Civil Veterinary Department. Madras. Admin. report 1926-33 - 1926-1933
Year: 1926
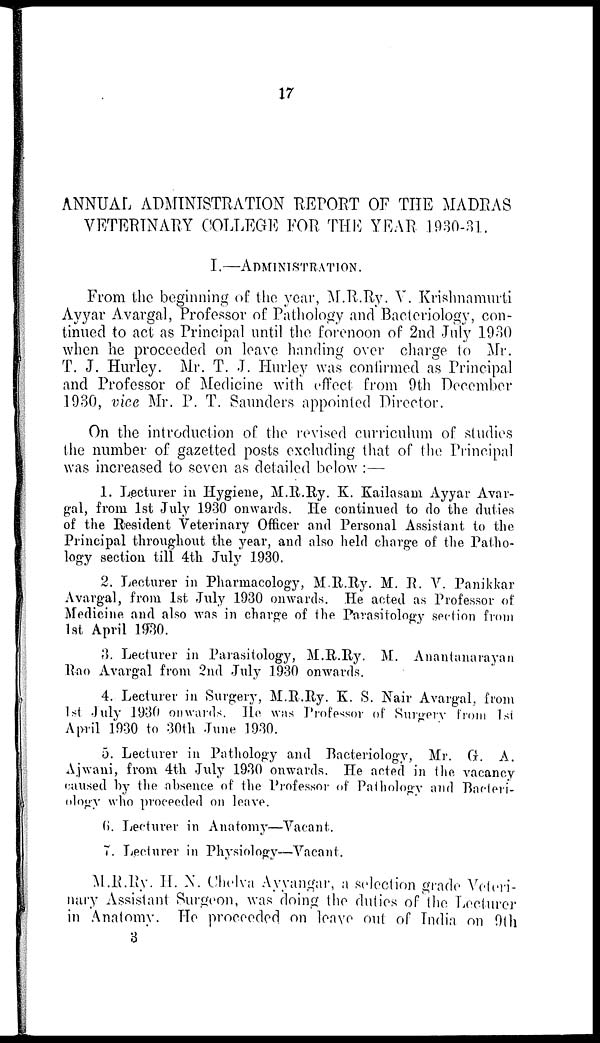
17
ANNUAL ADMINISTRATION REPORT OF THE MADRAS
VETERINARY COLLEGE FOR THE YEAR 1930-31.
I.—ADMINISTRATION
.
From the beginning of the year, M.R.Ry. V. Krishnamurti
Ayyar Avargal, Professor of Pathology and Bacteriology, con-
tinued to act as Principal until the forenoon of 2nd July 1930
when he proceeded on leave handing over charge to Mr.
T. J. Hurley. Mr. T. J. Hurley was confirmed as Principal
and Professor of Medicine with effect from 9th December
1930, vice Mr. P. T. Saunders appointed Director.
On the introduction of the revised curriculum of studies
the number of gazetted posts excluding that of the Principal
was increased to seven as detailed below :—
1. Lecturer in Hygiene, M.R.Ry. K. Kailasam Ayyar Avar-
gal, from 1st July 1930 onwards. He continued to do the duties
of the Resident Veterinary Officer and Personal Assistant to the
Principal throughout the year, and also held charge of the Patho-
logy section till 4th July 1930.
2. Lecturer in Pharmacology, M.R.Ry. M. R. V. Panikkar
Avargal, from 1st July 1930 onwards. He acted as Professor of
Medicine and also was in charge of the Parasitology section from
1st April 1930.
3. Lecturer in Parasitology, M.R.Ry. M. Anantanarayan
Rao Avargal from 2nd July 1930 onwards.
4. Lecturer in Surgery, M.R.Ry. K. S. Nair Avargal, from
1st July 1930 onwards. He was Professor of Surgery from 1st
April 1930 to 30th June 1930.
5. Lecturer in Pathology and Bacteriology, Mr. G. A.
Ajwani, from 4th July 1930 onwards. He acted in the vacancy
caused by the absence of the Professor of Pathology and Bacteri-
ology who proceeded on leave.
6. Lecturer in Anatomy—Vacant.
7. Lecturer in Physiology—Vacant.
M.R.Ry. H. N. Chelva- Ayyangar, a selection grade Veteri-
nary Assistant Surgeon, was doing the duties of the Lecturer
in Anatomy. He proceeded on leave out of India on 9th
3